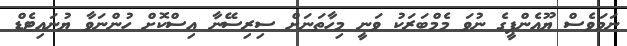
ނަމަވެސް ޔޫއެންޕީގެ ނުވަ މެމްބަރަކު ވަނީ މިހާތަނަށް ސިރިސޭނާ އިސްކޮށް ހުންނަވާ ޔުނައިޓެޑް